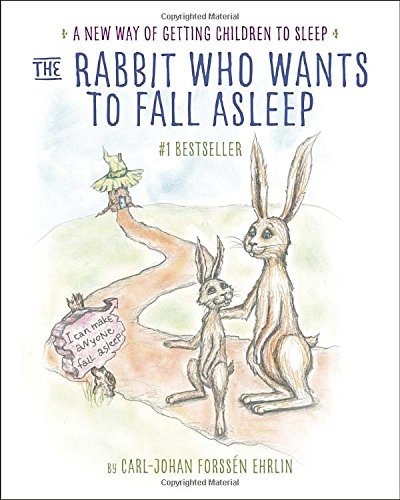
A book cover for The Rabbit Who Wants to Fall Asleep: A New Way of Getting Children to Sleep; Carl-Johan ForssÃ©n Ehrlin; Parenting & Relationships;